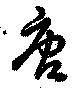
唐